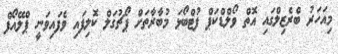
މިއަހަރު ބްރެޒިލްގައި އޮތް ވޯލްޑްކަޕް ފުޓްބޯޅަ މުބާރާތަށް ޕޯޗުގަލް ކޮލިފައި ވެފައިވަނީ ޕްލޭއޯފް